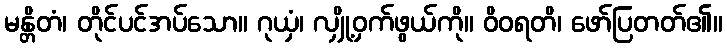
မန္တိတံ၊ တိုင်ပင်အပ်သော။ ဂုယှံ၊ လျှို့ဝှက်ဖွယ်ကို။ ဝိဝရတိ၊ ဖော်ပြတတ်၏။